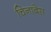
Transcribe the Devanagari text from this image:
चिनाबेस